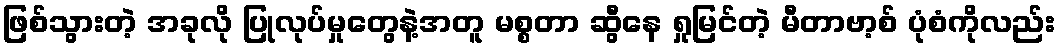
ဖြစ်သွားတဲ့ အခုလို ပြုလုပ်မှုတွေနဲ့အတူ မစ္စတာ ဆွီနေ ရှုမြင်တဲ့ မီတာဗာ့စ် ပုံစံကိုလည်း